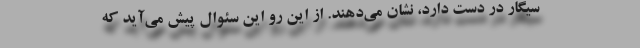
سیگار در دست دارد، نشان می‌دهند. از این رو این سئوال پیش می‌آید که